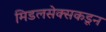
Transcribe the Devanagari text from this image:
मिडलसेक्सकडून